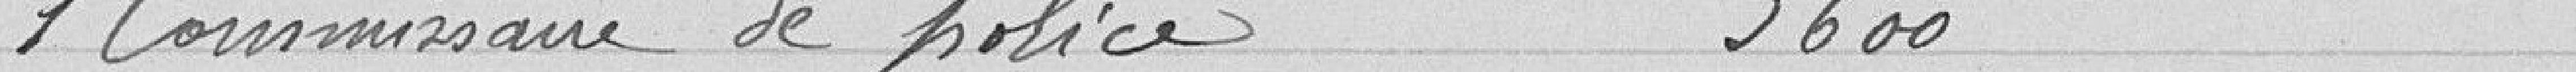
1 commissaire de police 3600